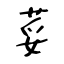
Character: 荽